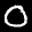
Label: 0